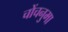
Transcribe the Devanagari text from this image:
चोंचनुमा